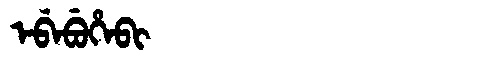
Manchu: ᡝᠪᡝᠪᡠᡥᡝᠪᡳ
Romanization: EBEBUHEBI